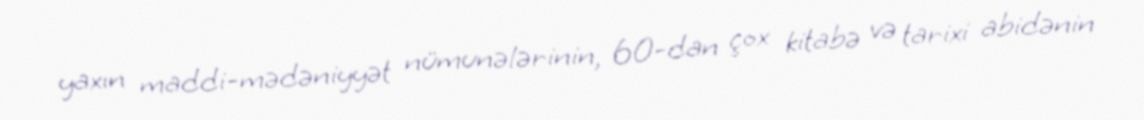
yaxın maddi-mədəniyyət nümunələrinin, 60-dan çox kitabə və tarixi abidənin